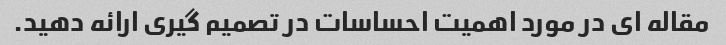
مقاله ای در مورد اهمیت احساسات در تصمیم گیری ارائه دهید.